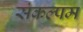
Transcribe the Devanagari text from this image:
संकल्पम